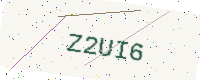
Text: Z2UI6